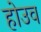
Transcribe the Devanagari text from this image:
होउव